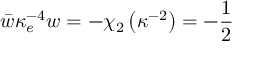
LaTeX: \bar { w } \kappa _ { e } ^ { - 4 } w = - \chi _ { 2 } \left( \kappa ^ { - 2 } \right) = - \frac { 1 } { 2 }